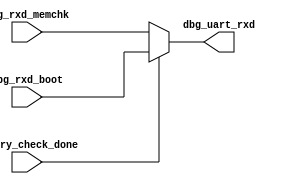
//module mux(mclk, reset_n,dbg_rxd_memchk,dbg_rxd_boot,memory_check_done, dbg_uart_rxd);
module mux(dbg_rxd_memchk,dbg_rxd_boot,memory_check_done, dbg_uart_rxd);

input dbg_rxd_memchk,dbg_rxd_boot,memory_check_done;
output reg dbg_uart_rxd;

//always @(posedge mclk or negedge reset_n)
always @(memory_check_done or dbg_rxd_memchk or dbg_rxd_boot)
	begin
		if (memory_check_done ==1'b0)
		dbg_uart_rxd = dbg_rxd_memchk;
		else //(memory_check_done ==1'b1)
		dbg_uart_rxd = dbg_rxd_boot;
	end
	
endmodule